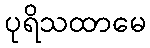
ပုရိသထာမေ